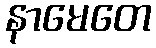
နာမေတေ